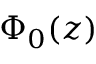
\Phi _ { 0 } ( z )